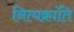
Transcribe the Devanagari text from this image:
नित्यक्रांति